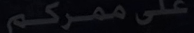
على-ممركم